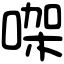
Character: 㗎